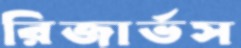
রিজার্ভস